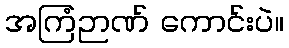
အကြံဉာဏ် ကောင်းပဲ။